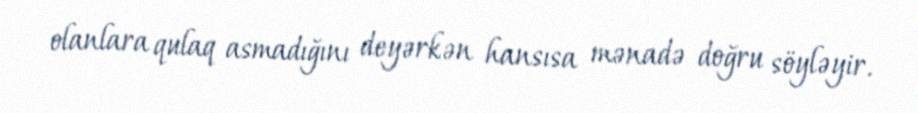
olanlara qulaq asmadığını deyərkən hansısa mənadə doğru söyləyir.